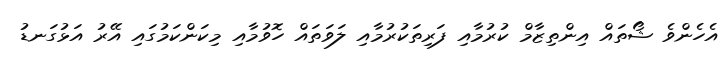
އެހެންވެ ޝޯތައް އިންތިޒާމް ކުރުމާއި ފަރިތަކުރުމާއި ލަވަތައް ހޮވުމާއި މިކަންކަމުގައި އޭރު އަޅުގަނޑު